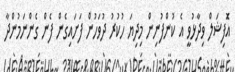
އެޮފިޝަލް ވިދާޅުވީ އެ ކުންފުނިން މިދިޔަ ހުކުރު ދުވަހުން ފަށައިގެން ފެން ގެންނަމުންދާ